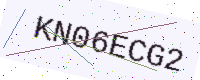
Text: KN06ECG2